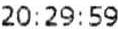
20:29:59